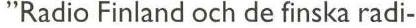
"Radio Finland och de finska radi-